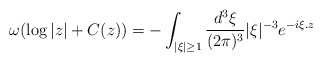
\begin{align*}\omega(\log|z|+C(z))=-\int_{|\xi|\geq 1} \frac{d^3\xi}{(2\pi)^3}|\xi|^{-3}e^{-i\xi .z}\end{align*}